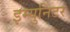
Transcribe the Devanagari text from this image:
इम्युनिटर